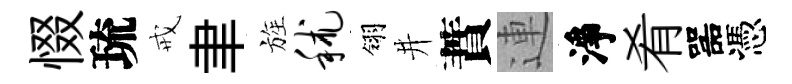
惙琉戒聿旌秫翎井蕡連淨肴噐憑